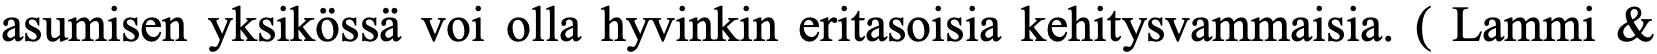
asumisen yksikössä voi olla hyvinkin eritasoisia kehitysvammaisia. ( Lammi &